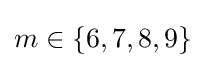
m\in \{6,7,8,9\}